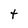
Character: t